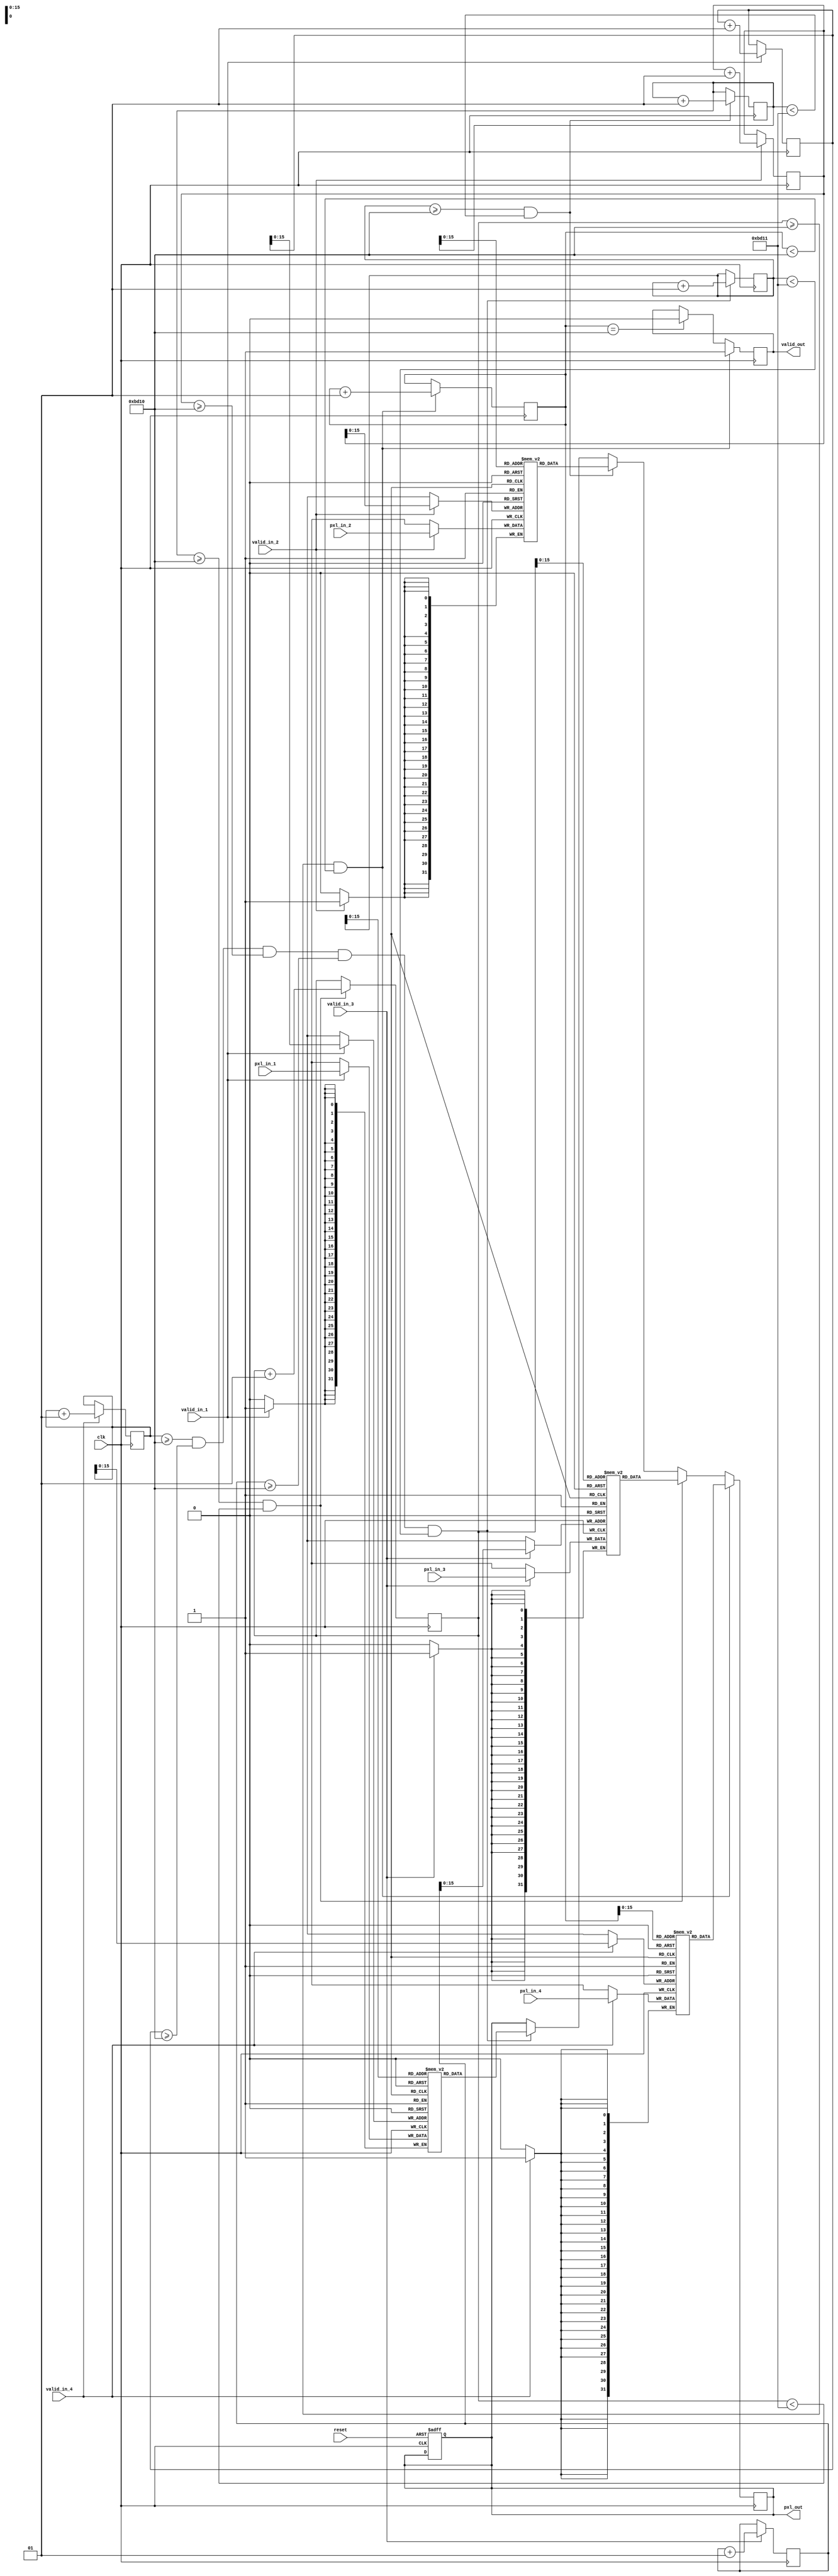
 module merge_4i
#(
  parameter D = 220,
  parameter C_1 = 1,
  parameter C_2 = 1,
  parameter C_3 = 1,
  parameter C_4 = 1,
  parameter DATA_WIDTH = 32
)
(
    	input clk,
   	 input reset,
 	   input valid_in_1,valid_in_2,valid_in_3,valid_in_4,
    	input [DATA_WIDTH-1:0] pxl_in_1,
    	input [DATA_WIDTH-1:0] pxl_in_2,
    	input [DATA_WIDTH-1:0] pxl_in_3,
    	input [DATA_WIDTH-1:0] pxl_in_4,
    	
    	output [DATA_WIDTH-1:0] pxl_out,
	   output valid_out
	 );
	 parameter T_1 = D * D * C_1;
	 parameter T_2 = D * D * C_2;
	 parameter T_3 = D * D * C_3;
	 parameter T_4 = D * D * C_4;
	 
	 reg [DATA_WIDTH-1:0]memory_1[T_1:0];
	 reg [DATA_WIDTH-1:0]memory_2[T_2:0];
	 reg [DATA_WIDTH-1:0]memory_3[T_3:0];
	 reg [DATA_WIDTH-1:0]memory_4[T_4:0];
	 
	 integer i = 0;
   integer j = 0;
   integer k = 0;
   integer m = 0;
   
   integer g = 0;
   integer h = 0;
   integer l = 0;
   integer n = 0;
   
   reg [DATA_WIDTH-1:0] tmp;
   reg tmp_valid = 0;

	 always @(posedge clk, posedge reset) begin
	   if(reset)begin
	     tmp = 0;
	     end
	   end
	    
	   always @(posedge clk) begin
	   if(valid_in_1)begin
	     memory_1[i] = pxl_in_1;
	     i <= i + 1;
	     end
	   if(valid_in_2)begin
	     memory_2[j] = pxl_in_2;
	     j <= j + 1;
	     end
	    if(valid_in_3)begin
	     memory_3[k] = pxl_in_3;
	     k <= k + 1;
	     end
	    if(valid_in_4)begin
	     memory_4[m] = pxl_in_4;
	     m <= m + 1;
	     end   
	   end 
	   
	  /* integer tmp1 = T_1;
	   integer tmp2 = T_2;
	   integer tmp3 = T_3;
	   integer tmp4 = T_4;
	   integer tmp5,tmp6,tmp7;
	   
	   alu_max #(32,32) x0(tmp1, tmp2, tmp5);
	   alu_max #(32,32) x1(tmp5, tmp3, tmp6);
	   alu_max #(32,32) x2(tmp6, tmp4, tmp7);
	   
	   always @ (posedge clk) begin
	     if (tmp1 > tmp2 && tmp3 > tmp4) begin
		    tmp5 = tmp1;
		    tmp6 = tmp3;
	     end 
	     else if (tmp2 > tmp1 & tmp4 > tmp3) begin
		    tmp5 = tmp2;
		    tmp6 = tmp4;
	     end
	     if (tmp5 > tmp6) begin
		    tmp7 = tmp5;
	     end 
	     else if (tmp6 > tmp5) begin
		    tmp7 = tmp6;
	     end
      end*/

	   always @(posedge clk) begin
	   if(m >= T_4 && i >= T_1 && j >= T_2 && k >= T_3 && g < T_1 + 1)begin
	     tmp <= memory_1[g];
	     tmp_valid <= 1;
	     g <= g+1;
	     end 
	    if(g >= T_1 && h < T_2 + 1)begin
	      tmp <= memory_2[h];
	      tmp_valid <= 1;
	       h <= h+1;
	      end
	    if(h >= T_2 && l < T_3 + 1)begin
	      tmp <= memory_3[l];
	      tmp_valid <= 1;
	       l <= l+1;
	      end
	    if(l >= T_3 && n < T_4)begin
	      tmp <= memory_4[n];
	      tmp_valid <= 1;
	       n <= n+1;
	      end
	    else if(n == T_4) tmp_valid = 0;
	   end
	   
	   assign pxl_out = tmp;
	   assign valid_out = tmp_valid;
	   
	   endmodule